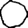
Digit: 0